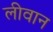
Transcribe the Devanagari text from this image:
लीवान